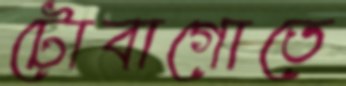
টোবাগোতে